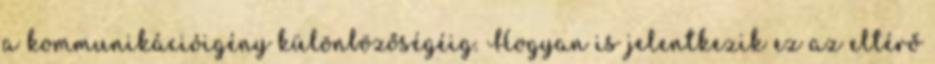
a kommunikációigény különbözőségéig. Hogyan is jelentkezik ez az eltérő